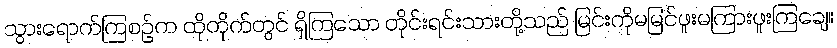
သွားရောက်ကြစဉ်က ထိုတိုက်တွင် ရှိကြသော တိုင်းရင်းသားတို့သည် မြင်းကိုမမြင်ဖူးမကြားဖူးကြချေ။